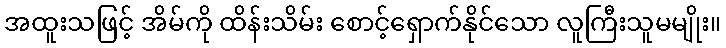
အထူးသဖြင့် အိမ်ကို ထိန်းသိမ်း စောင့်ရှောက်နိုင်သော လူကြီးသူမမျိုး။